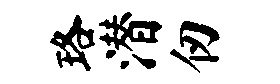
珞潜仞